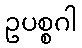
ဥပစ္စဂါ